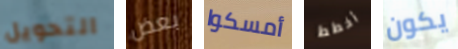
التحويل بعض أمسكوا أخطط يكون